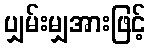
ပျှမ်းမျှအားဖြင့်